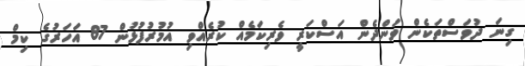
ގިނަ ދުވަސްތަކެން ވަންދެން އަސްކަރީ ވެރިކަމެއް ކުރެއްވި އުމުރުފުޅުން 87 އަހަރުގެ ކިމް